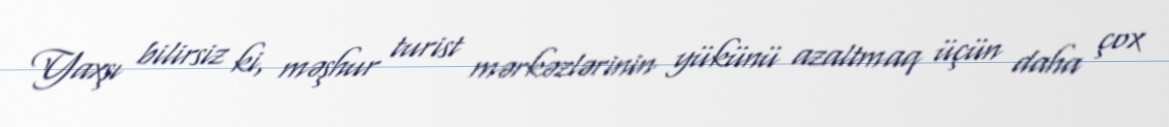
Yaxşı bilirsiz ki, məşhur turist mərkəzlərinin yükünü azaltmaq üçün daha çox